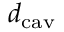
d _ { \mathrm { c a v } }